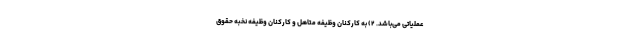
عملیاتی می‌باشد. ۲) به کارکنان وظیفه متاهل و کارکنان وظیفه نخبه حقوق